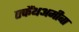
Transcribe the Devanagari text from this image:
एकैंथअमीबा